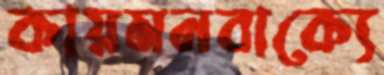
কায়মনবাক্যে